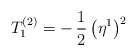
\begin{align*}T_1^{(2)}=-\,\frac{1}{2}\,\bigl(\eta^1\bigr)^2\end{align*}